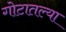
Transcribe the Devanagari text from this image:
गोटातल्या